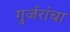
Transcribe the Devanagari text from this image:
गुर्जरांचा